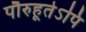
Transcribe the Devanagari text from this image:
पौरुहूतेऽपि